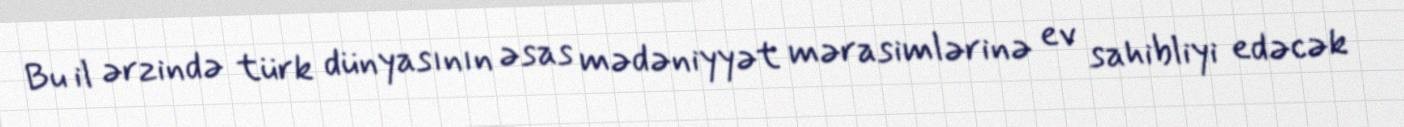
Bu il ərzində türk dünyasının əsas mədəniyyət mərasimlərinə ev sahibliyi edəcək